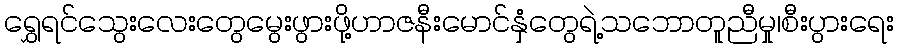
ရွှေရင်သွေးလေးတွေမွေးဖွားဖို့ဟာဇနီးမောင်နှံတွေရဲ့သဘောတူညီမှု၊စီးပွားရေး